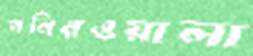
পনিরওয়ালা